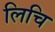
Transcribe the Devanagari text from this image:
लिचि